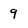
Character: 9